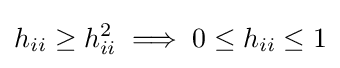
h_{ii}\geq h_{ii}^{2}\implies 0\leq h_{ii}\leq 1